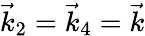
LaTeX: \vec{k}_{2}=\vec{k}_{4}=\vec{k}